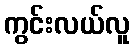
ကွင်းလယ်လူ